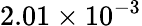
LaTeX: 2.01\times 10^{-3}